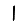
Digit: 1